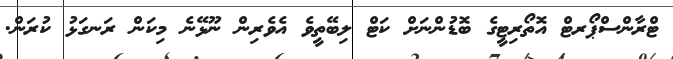
ޓްރާންސްޕޯރޓް އޮތޯރިޓީގެ ބޮޑުންނަށް ކަޓް ލިބޭތީވެ އެވެރިން ނޫޅޭނެ މިކަން ރަނގަޅު ކުރަން.